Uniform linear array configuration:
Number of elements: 12
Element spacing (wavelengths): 0.5
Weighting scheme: cosine
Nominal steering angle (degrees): -30
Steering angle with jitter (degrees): -29.247
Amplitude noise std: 0.05
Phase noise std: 0.05

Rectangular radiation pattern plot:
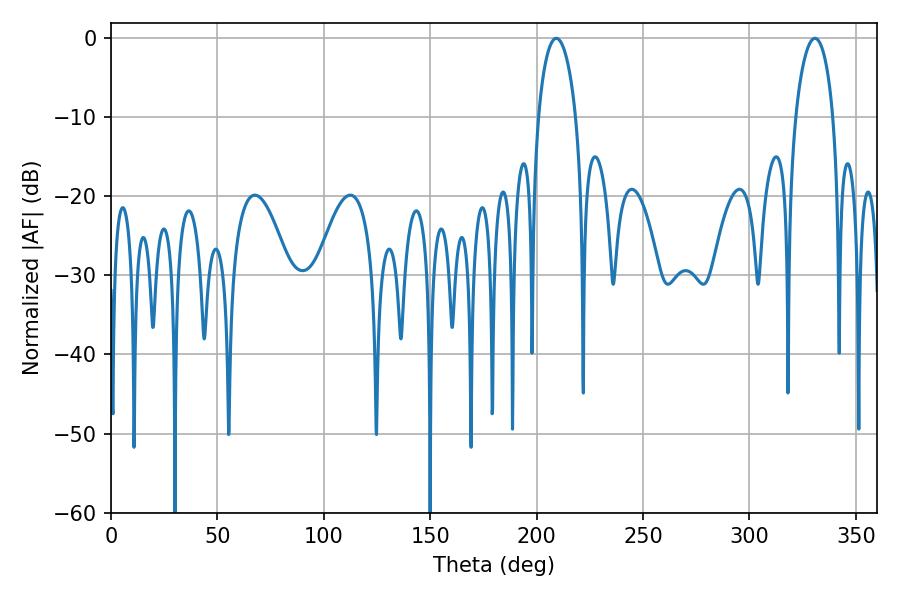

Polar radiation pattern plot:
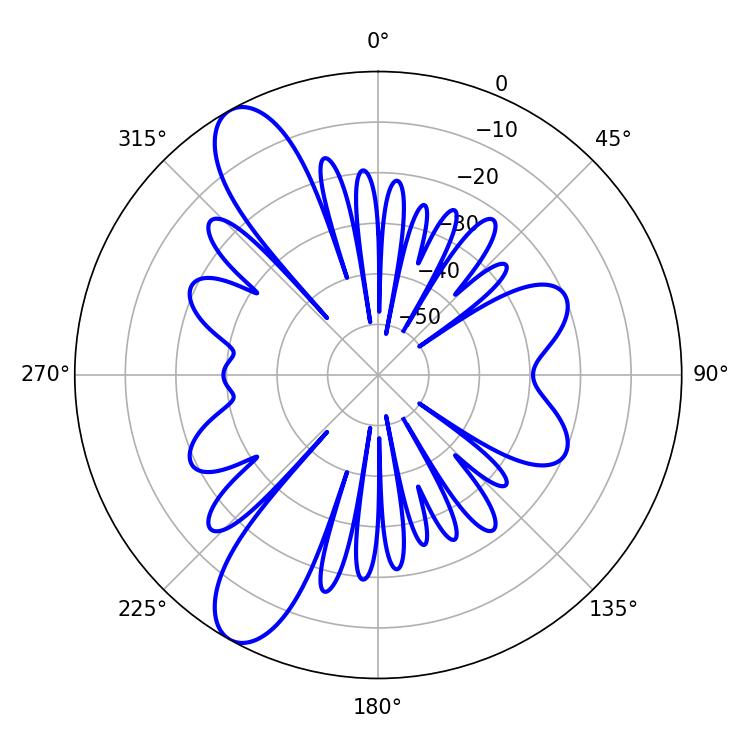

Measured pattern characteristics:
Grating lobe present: FALSE
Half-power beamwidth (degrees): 10.08
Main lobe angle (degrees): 209.16